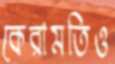
কেরামতিও